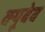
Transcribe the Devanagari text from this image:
क्यूबेब